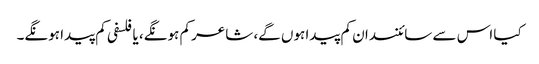
کیا اس سے سائنسدان کم پیدا ہوں گے، شاعر کم ہونگے، یا فلسفی کم پیدا ہونگے۔